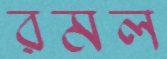
রমল